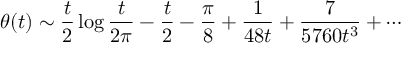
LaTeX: \theta ( t ) \sim { \frac { t } { 2 } } \log { \frac { t } { 2 \pi } } - { \frac { t } { 2 } } - { \frac { \pi } { 8 } } + { \frac { 1 } { 4 8 t } } + { \frac { 7 } { 5 7 6 0 t ^ { 3 } } } + \cdots